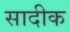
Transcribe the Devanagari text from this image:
सादीक